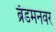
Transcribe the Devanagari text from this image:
ब्रॅडमनवर